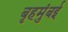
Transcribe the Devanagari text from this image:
बृहमुंबई